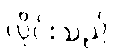
လိုင်းသည်